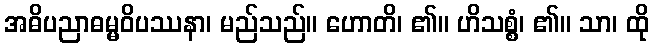
အဓိပညာဓမ္မဝိပဿနာ၊ မည်သည်။ ဟောတိ၊ ၏။ ဟိသစ္စံ၊ ၏။ သာ၊ ထို